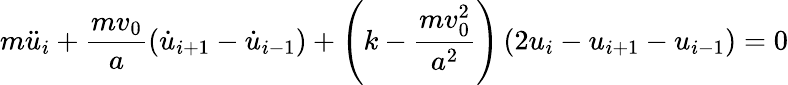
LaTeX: m\ddot{u}_{i}+\frac{mv_{0}}{a}\left(\dot{u}_{i+1}-\dot{u}_{i-1}\right)+\left(k-\frac{mv_{0}^{2}}{{a^{2}}}\right)\left(2u_{i}-{u}_{i+1}-u_{i-1}\right)=0